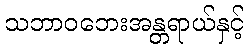
သဘာဝဘေးအန္တရာယ်နှင့်